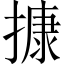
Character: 𢳧